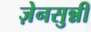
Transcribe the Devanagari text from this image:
ज़ेनसुन्नी